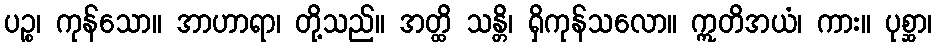
ပဉ္စ၊ ကုန်သော။ အာဟာရာ၊ တို့သည်။ အတ္ထိ သန္တိ၊ ရှိကုန်သလော။ ဣတိအယံ၊ ကား။ ပုစ္ဆာ၊